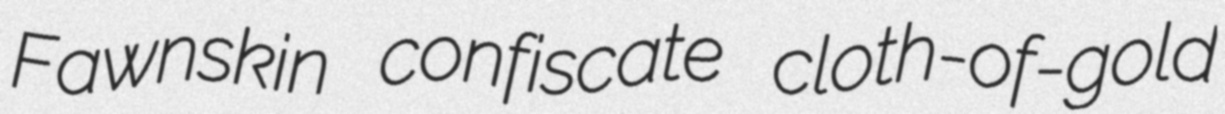
Fawnskin confiscate cloth-of-gold